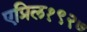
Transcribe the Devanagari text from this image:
एप्रिल१९२७